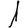
Digit: 1